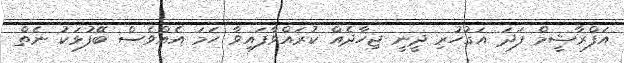
އަފްރާޝީމް ފަދަ އަގުހުރި ދީނީ ޖިހާދެއް ކުރައްވާފައިވާ ހަމަ އެއްވެސް ބޭފުޅަކު ނެތް